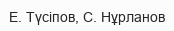
Е. Түсіпов, С. Нұрланов